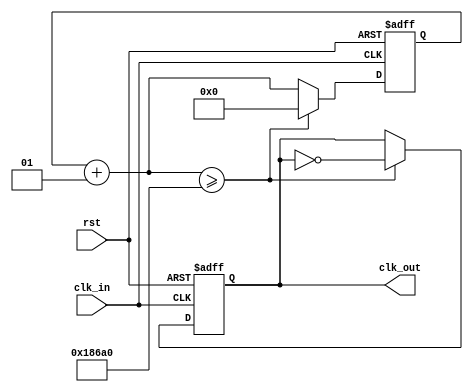
`timescale 1ns / 1ps
//************************* CECS 301 ****************************************/
// Project: Shift Register LAB#1
// Designer: Beatriz Juarez
// Revision Date: 9/14/2018
// Purpose: Divides an incoming clock by the 32-bit decimal value specified
// 	in the 'if condition'.
// 
// 	The value of the counter that counts the incoming clock ticks is equal
// 	to [(incoming frequency / outgoing frequency) / 2] 
//						100MHz		/			500Hz			/ 2 = 100K 
//
// Notes: Template take from Lab Project 1 document.
//
//************************* CECS 301 ****************************************/
module clk_div(clk_in, rst, clk_out);
	input clk_in, rst;
	output reg clk_out;
	integer i;
	
	always @(posedge clk_in or posedge rst) begin
		if (rst == 1'b1) begin
			i = 0; 
			clk_out = 0;
		end //ends if 
		else begin
			i = i + 1;
			if (i >= 100000) begin 
				clk_out = ~clk_out;
				i = 0; 
			end // ends if 
		end // ends else 
	end // ends always
			
endmodule